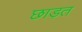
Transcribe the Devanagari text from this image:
छाड़त